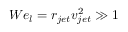
W e _ { l } = r _ { j e t } v _ { j e t } ^ { 2 } \gg 1